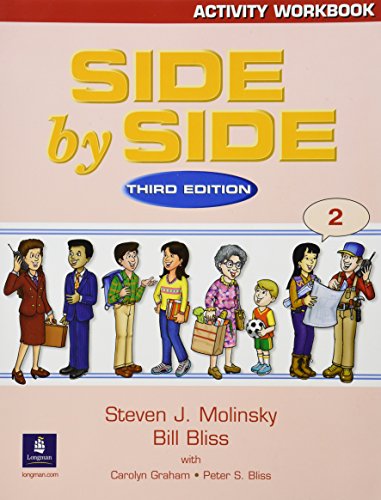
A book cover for Side By Side: Activity Workbook 2, Third Edition (bk. 2); Steven J. Molinsky; Reference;